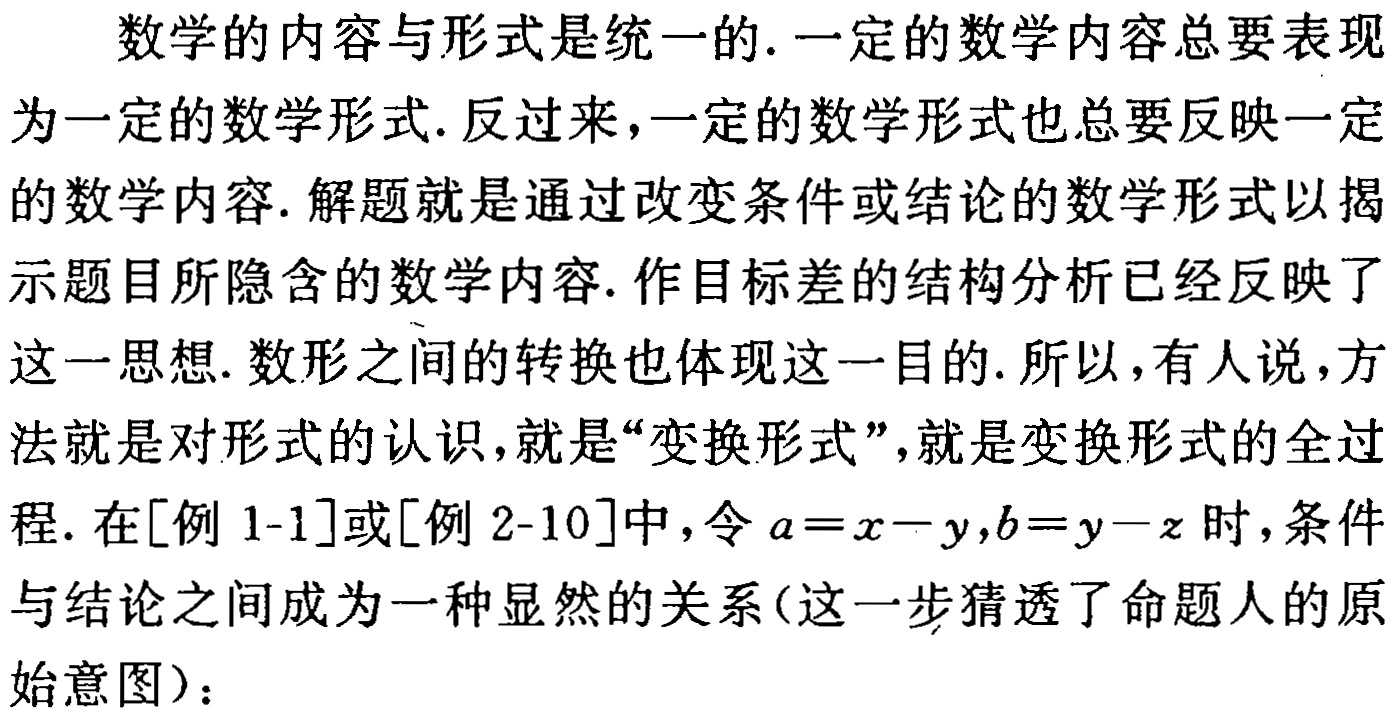
数学的内容与形式是统一的. 一定的数学内容总要表现为一定的数学形式. 反过来，一定的数学形式也总要反映一定的数学内容. 解题就是通过改变条件或结论的数学形式以揭示题目所隐含的数学内容. 作目标差的结构分析已经反映了这一思想. 数形之间的转换也体现这一目的. 所以，有人说，方法就是对形式的认识，就是“变换形式”，就是变换形式的全过程. 在[例 1-1]或[例 2-10]中，令\(a = x - y,b = y - z\)时，条件与结论之间成为一种显然的关系(这一步猜透了命题人的原始意图)：